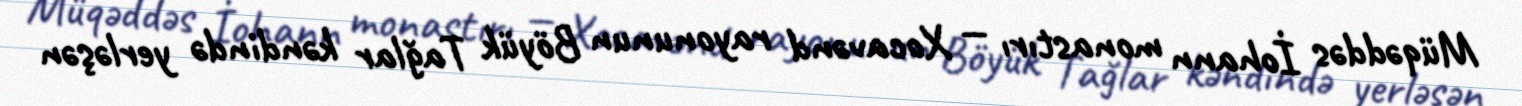
Müqəddəs İohann monastırı — Xocavənd rayonunun Böyük Tağlar kəndində yerləşən